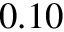
0 . 1 0